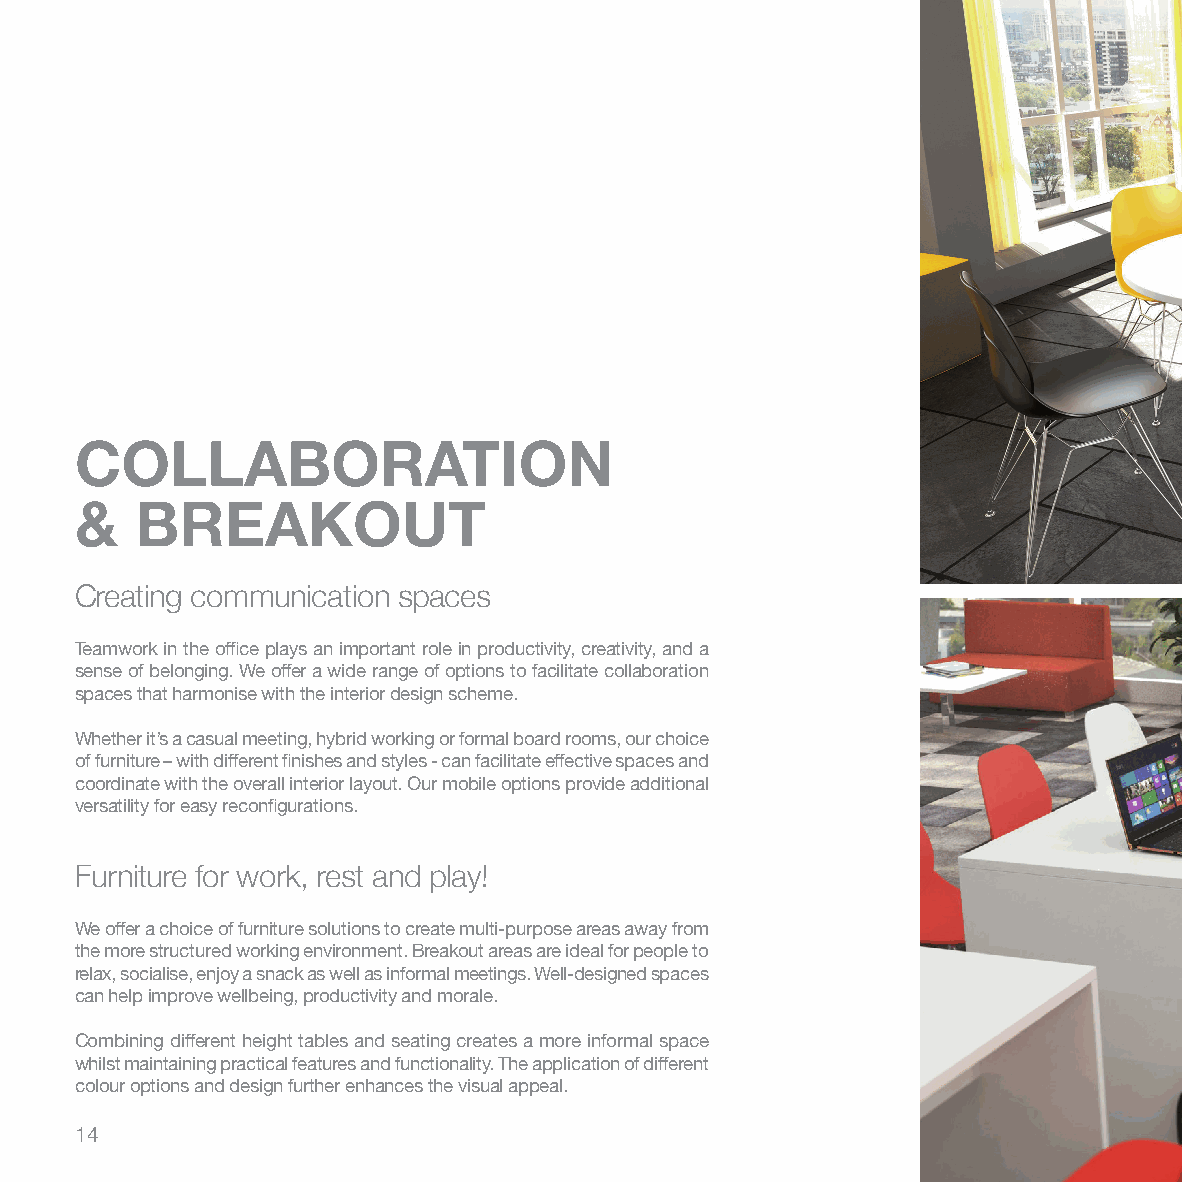
COLLABORATION
 &   BREAKOUT
 Creating communication spaces
 Teamwork in the office plays an important role in productivity, creativity, and a
 sense of belonging. We offer a wide range of options to facilitate collaboration
 spaces that harmonise with the interior design scheme.
 Whether it’s a casual meeting, hybrid working or formal board rooms, our choice
 of furniture – with different finishes and styles - can facilitate effective spaces and
 coordinate with the overall interior layout. Our mobile options provide additional
 versatility for easy reconfigurations.
 Furniture for work, rest and play!
 We offer a choice of furniture solutions to create multi-purpose areas away from
 the more structured working environment. Breakout areas are ideal for people to
 relax, socialise, enjoy a snack as well as informal meetings. Well-designed spaces
 can help improve wellbeing, productivity and morale.
 Combining different height tables and seating creates a more informal space
 whilst maintaining practical features and functionality. The application of different
 colour options and design further enhances the visual appeal.
 14